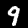
Label: 9